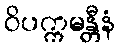
ဝိပက္ကမန္တီနံ